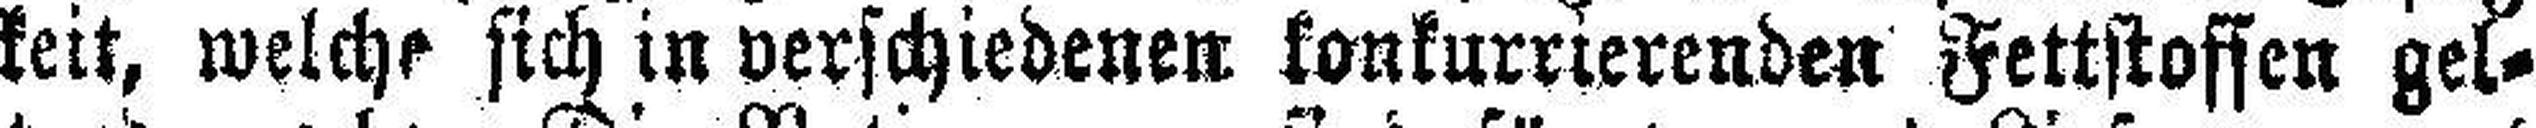
keit, welche sich in verschiedenen konkurrierenden Fettstofsen gel¬